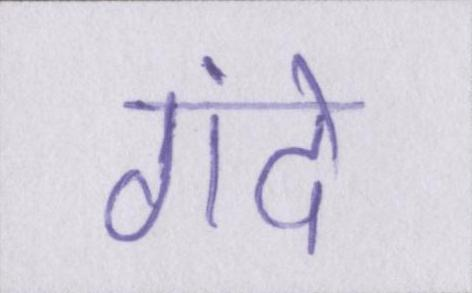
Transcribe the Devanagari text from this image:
गंदे